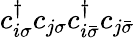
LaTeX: c_{i\sigma}^{\dagger}c_{j\sigma}c_{i\bar{\sigma}}^{\dagger}c_{j\bar{\sigma}}